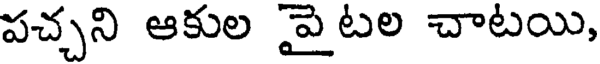
పచ్చని ఆకుల పై టల చాటయి,